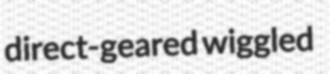
direct-geared wiggled